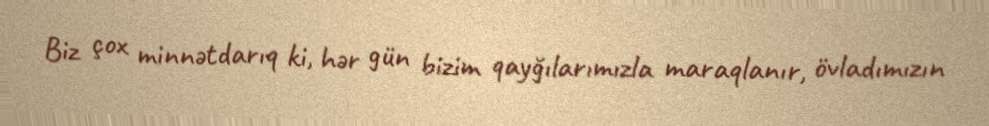
Biz çox minnətdarıq ki, hər gün bizim qayğılarımızla maraqlanır, övladımızın